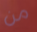
من